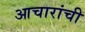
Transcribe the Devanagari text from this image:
आचारांची